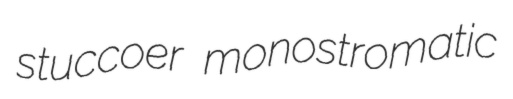
stuccoer monostromatic